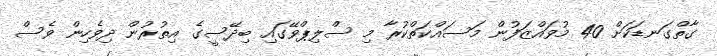
ގާތްގަނޑަކަށް 40 މުވައްޒަފުން މަސައްކަތްކުރާ މި ސްލިޕްވޭގައި ބިދޭސީގެ އިތުރުން ދިވެހިން ވެސް